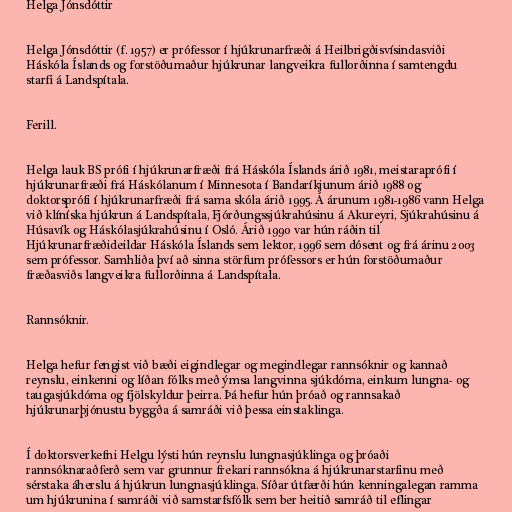
Helga Jónsdóttir

Helga Jónsdóttir (f. 1957) er prófessor í hjúkrunarfræði á Heilbrigðisvísindasviði
Háskóla Íslands og forstöðumaður hjúkrunar langveikra fullorðinna í samtengdu
starfi á Landspítala.

Ferill.

Helga lauk BS prófi í hjúkrunarfræði frá Háskóla Íslands árið 1981, meistaraprófi í
hjúkrunarfræði frá Háskólanum í Minnesota í Bandaríkjunum árið 1988 og
doktorsprófi í hjúkrunarfræði frá sama skóla árið 1995. Á árunum 1981-1986 vann Helga
við klíníska hjúkrun á Landspítala, Fjórðungssjúkrahúsinu á Akureyri, Sjúkrahúsinu á
Húsavík og Háskólasjúkrahúsinu í Osló. Árið 1990 var hún ráðin til
Hjúkrunarfræðideildar Háskóla Íslands sem lektor, 1996 sem dósent og frá árinu 2003
sem prófessor. Samhliða því að sinna störfum prófessors er hún forstöðumaður
fræðasviðs langveikra fullorðinna á Landspítala.

Rannsóknir.

Helga hefur fengist við bæði eigindlegar og megindlegar rannsóknir og kannað
reynslu, einkenni og líðan fólks með ýmsa langvinna sjúkdóma, einkum lungna- og
taugasjúkdóma og fjölskyldur þeirra. Þá hefur hún þróað og rannsakað
hjúkrunarþjónustu byggða á samráði við þessa einstaklinga.

Í doktorsverkefni Helgu lýsti hún reynslu lungnasjúklinga og þróaði
rannsóknaraðferð sem var grunnur frekari rannsókna á hjúkrunarstarfinu með
sérstaka áherslu á hjúkrun lungnasjúklinga. Síðar útfærði hún kenningalegan ramma
um hjúkrunina í samráði við samstarfsfólk sem ber heitið samráð til eflingar